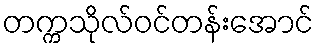
တက္ကသိုလ်ဝင်တန်းအောင်